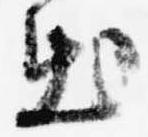
出